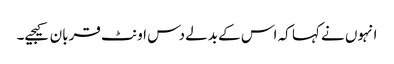
انہوں نے کہا کہ اس کے بدلے دس اونٹ قربان کیجیے۔